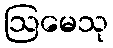
ဩမေသု